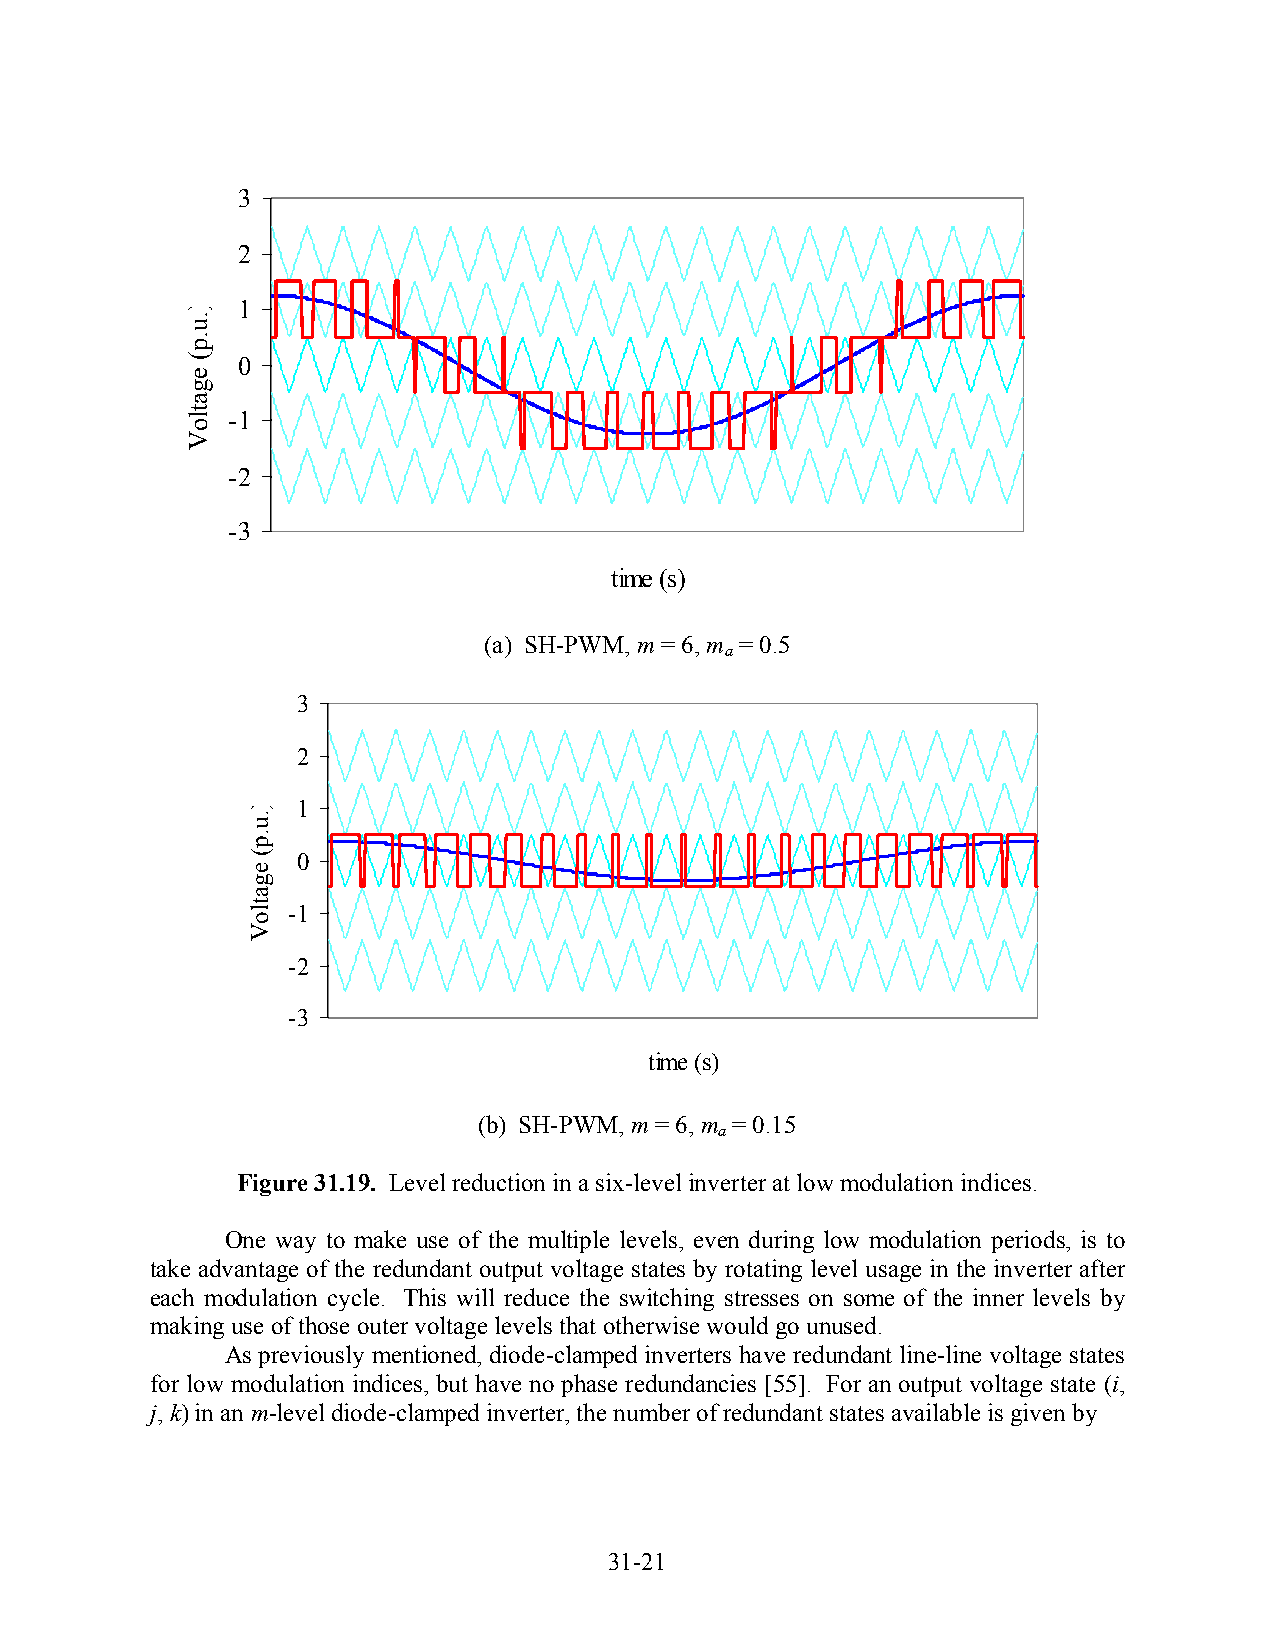
3
 2
 1
 0
 -1
 -2
 -3
 time (s)
 (a) SH-PWM, m = 6, m = 0.5
 a
 3
 2
 1
 0
 -1
 -2
 -3
 time (s)
 (b) SH-PWM, m = 6, m = 0.15
 a
 Figure 31.19. Level reduction in a six-level inverter at low modulation indices.
 One way to make use of the multiple levels, even during low modulation periods, is to
 take advantage of the redundant output voltage states by rotating level usage in the inverter after
 each modulation cycle. This will reduce the switching stresses on some of the inner levels by
 making use of those outer voltage levels that otherwise would go unused.
 As previously mentioned, diode-clamped inverters have redundant line-line voltage states
 for low modulation indices, but have no phase redundancies [55]. For an output voltage state (i,
 j, k) in an m-level diode-clamped inverter, the number of redundant states available is given by
 31-21
 ).u.p(
 egatloV
 ).u.p(
 egatloV